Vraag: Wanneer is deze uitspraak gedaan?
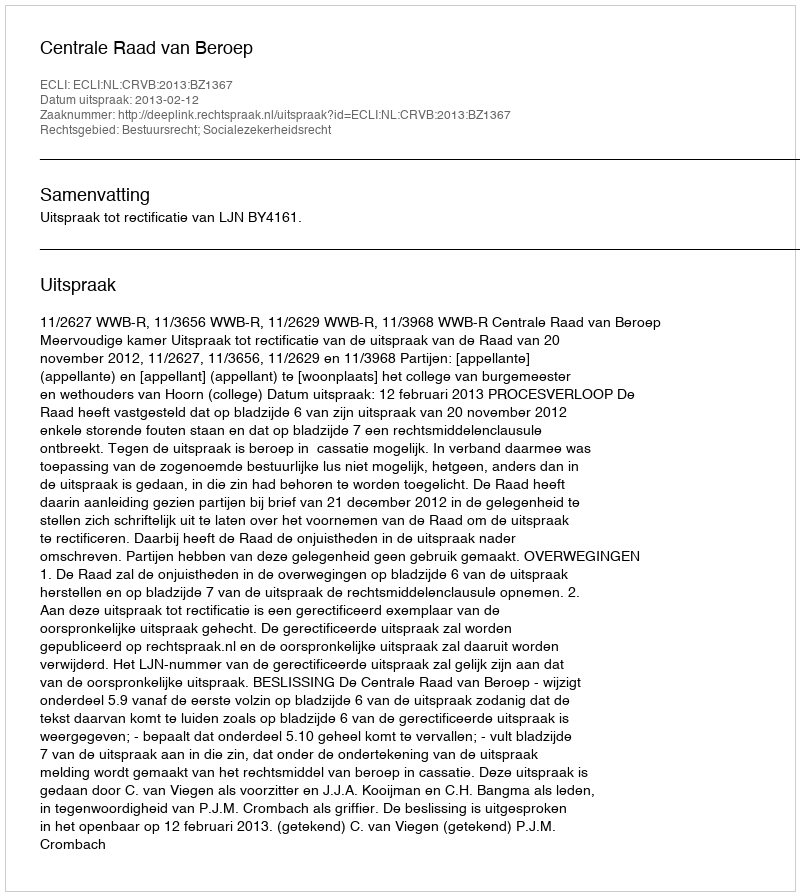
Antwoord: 2013-02-12